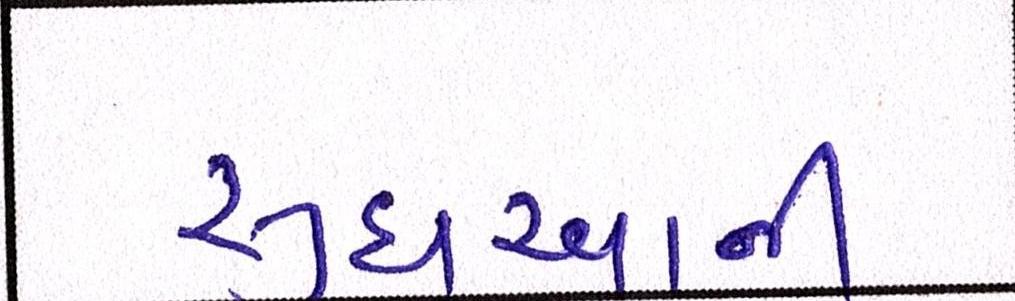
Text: સુધરવાની